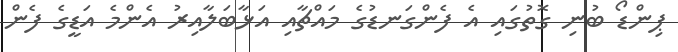
ޕިންޑޯ ބުނި ގޮތުގައި އެ ފެންގަނޑުގެ މައްޗާއި އަޅާބަލާއިރު އެންމެ އަޑީގެ ފެން